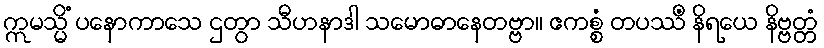
ဣမသ္မိံ ပနောကာသေ ဌတွာ သီဟနာဒါ သမောဓာနေတဗ္ဗာ။ ဧကစ္စံ တပဿိံ နိရယေ နိဗ္ဗတ္တံ